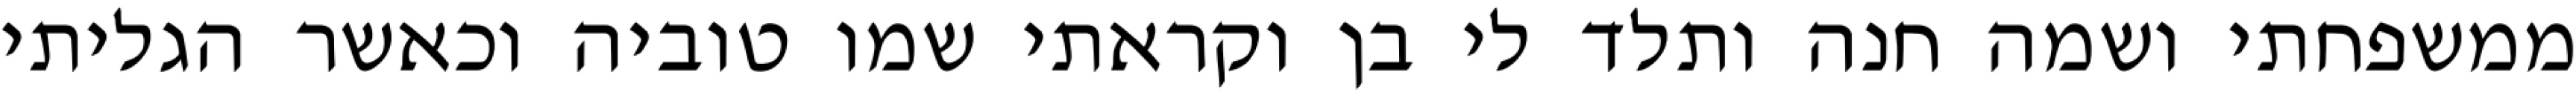
ממשפחתי ושמה חנה ותלד לי בן וקראתי שמו טוביה וכאשר הגליתי